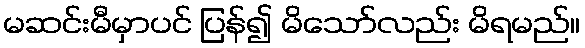
မဆင်းမီမှာပင် ပြန်၍ မိသော်လည်း မိရမည်။